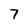
Character: 7